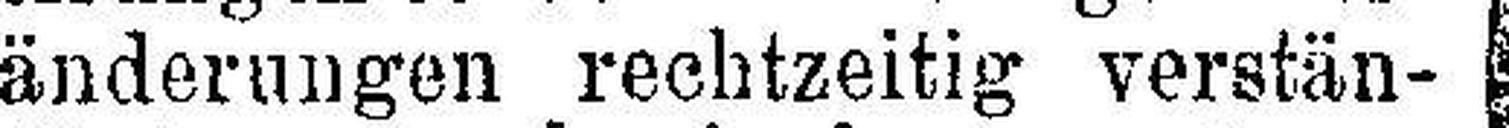
änderungen rechtzeitig verstän¬